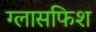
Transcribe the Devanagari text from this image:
ग्लासफिश